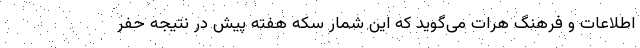
اطلاعات و فرهنگ هرات می‌گوید که این شمار سکه هفته پیش در نتیجه حفر